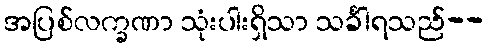
အပြစ်လက္ခဏာ သုံးပါးရှိသာ သင်္ခါရသည်--